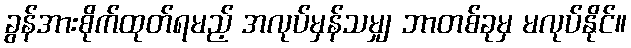
ခွန်အားစိုက်ထုတ်ရမည့် အလုပ်မှန်သမျှ ဘာတစ်ခုမှ မလုပ်နိုင်။